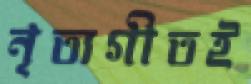
নৃত্যগীতই